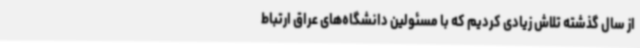
از سال گذشته تلاش زیادی کردیم که با مسئولین دانشگاه‌های عراق ارتباط